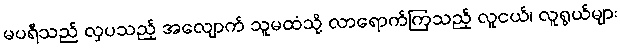
မပရီသည် လှပသည့် အလျောက် သူမထံသို့ လာရောက်ကြသည့် လူငယ်၊ လူရွယ်များ